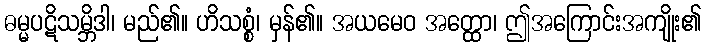
ဓမ္မပဋိသမ္ဘိဒါ၊ မည်၏။ ဟိသစ္စံ၊ မှန်၏။ အယမေဝ အတ္ထော၊ ဤအကြောင်းအကျိုး၏